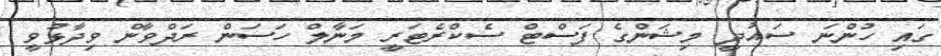
ގައި ހުންނަ ސައުދީ މިޝަންގެ ފަސްޓް ސެކްރެޓަރީ މަނާލް ހަސަން ރަދްވާން ވިދާޅުވީ